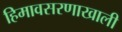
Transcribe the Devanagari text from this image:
हिमावसरणाखाली